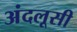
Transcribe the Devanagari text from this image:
अंदलूसी